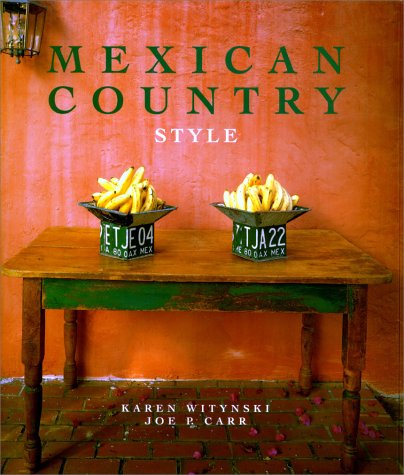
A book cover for Mexican Country Style; Karen Witynski; Arts & Photography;